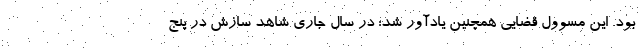
بود. این مسوول قضایی همچنین یادآور شد: در سال جاری شاهد سازش در پنج